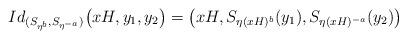
LaTeX: \begin{align*} Id_{(S_{\eta^b},S_{\eta^{-a}})}\big(xH,y_1,y_2\big)= \big(xH,S_{\eta (xH)^b}(y_1),S_{\eta(xH)^{-a}}(y_2)\big) \end{align*}